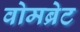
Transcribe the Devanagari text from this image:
वोमब्रेट